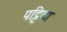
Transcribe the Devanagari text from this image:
पट्टिया